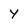
Character: y